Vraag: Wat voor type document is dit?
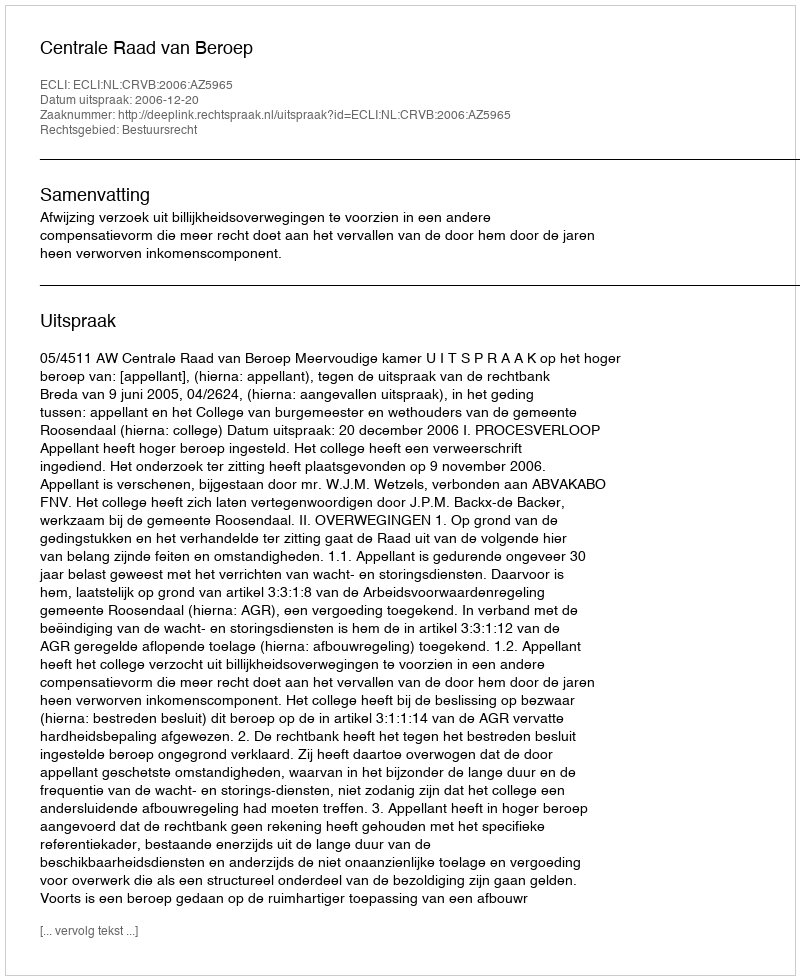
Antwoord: Uitspraak